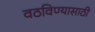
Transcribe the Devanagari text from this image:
वठविण्यासाठी